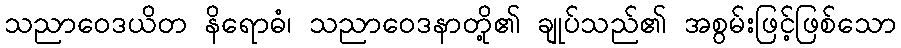
သညာဝေဒယိတ နိရောဓံ၊ သညာဝေဒနာတို့၏ ချုပ်သည်၏ အစွမ်းဖြင့်ဖြစ်သော